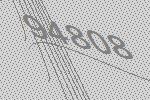
94808